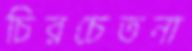
চিরচেতনা